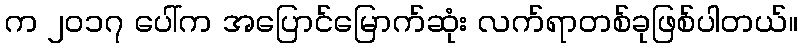
က ၂၀၁၇ ပေါ်က အပြောင်မြောက်ဆုံး လက်ရာတစ်ခုဖြစ်ပါတယ်။